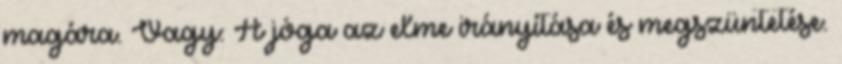
magára. Vagy: A jóga az elme irányítása és megszüntetése.